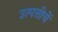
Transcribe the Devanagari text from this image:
उत्पत्तीचें